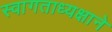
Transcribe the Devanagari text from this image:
स्वागताध्यक्षाने